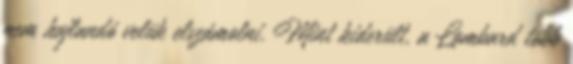
nem hajlandó velük elszámolni. Mint kiderült, a Lombard több